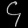
Digit: ၄